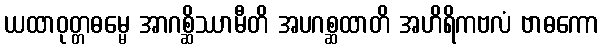
ယထာဝုတ္တဓမ္မေ အာဂစ္ဆိဿာမီတိ အပဂစ္ဆထာတိ အဟိရိကဗလံ ဗာဓကော